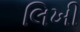
લિખી